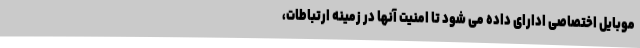
موبایل اختصاصی ادارای داده می شود تا امنیت آنها در زمینه ارتباطات،